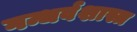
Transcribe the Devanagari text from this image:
गन्धर्वशास्त्र